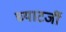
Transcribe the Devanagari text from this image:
च्याटर्जी